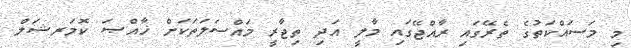
މި މަސައްކަތުގެ ތެރޭގައި ރާއްޖޭގައި މާލީ އަދި ތިޖާރީ މައްސަލަތަކަށް ޚާއްޞަ ކޮމަރޝަލް